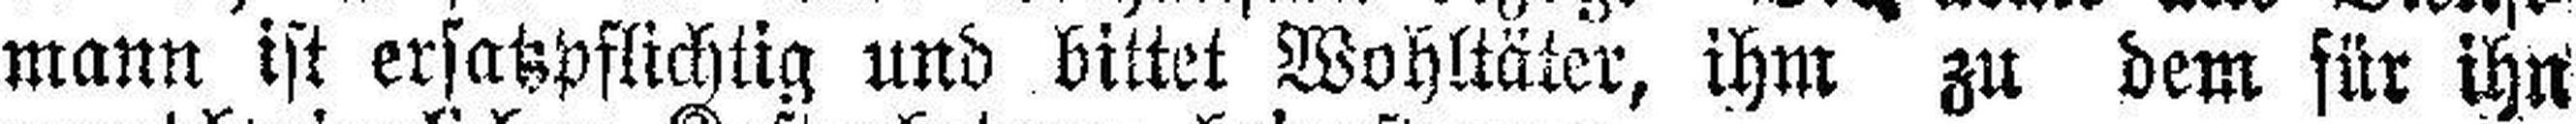
mann ist ersatzpflichtig und bittet Wohltäter, ihm zu dem für ihn